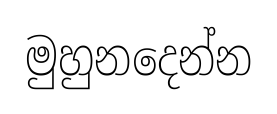
මුහුනදෙන්න